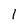
Character: 1